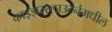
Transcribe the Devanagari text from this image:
काइझरस्लाउटर्नमधील